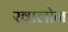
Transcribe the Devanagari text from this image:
खालोन